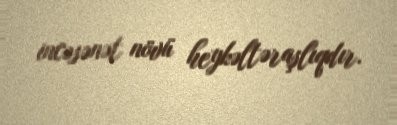
incəsənət növü heykəltəraşlıqdır.